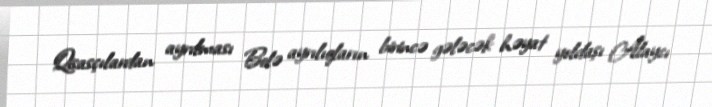
Qisasçılardan ayrılması Belə ayrılıqların birincə gələcək həyat yoldaşı Alaycı